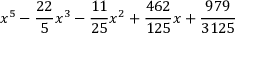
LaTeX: x ^ { 5 } - { \frac { 2 2 } { 5 } } x ^ { 3 } - { \frac { 1 1 } { 2 5 } } x ^ { 2 } + { \frac { 4 6 2 } { 1 2 5 } } x + { \frac { 9 7 9 } { 3 1 2 5 } }